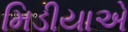
મિડીયાએ